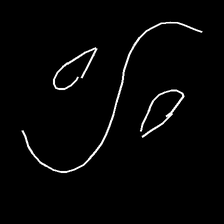
Glyph: water